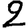
Digit: 2